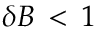
\delta B \, < \, 1